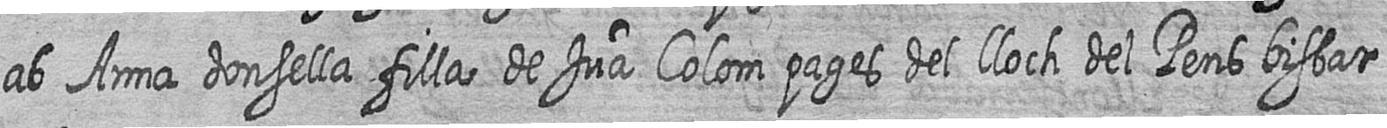
ab Anna donsella filla de Jua Colom pages del lloch del Pens bisbat